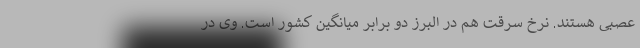
عصبی هستند. نرخ سرقت هم در البرز دو برابر میانگین کشور است. وی در